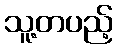
သူ့တပည့်